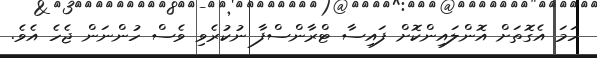
ހަމަ އެގޮތަށް އޮންލައިންކޮށް ފައިސާ ޓްރާންސްފާ ނުކުރެވި ވެސް ހުންނަން ޖެހެ އެވެ.